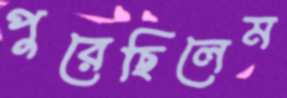
পুরেছিলেম